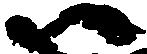
尉